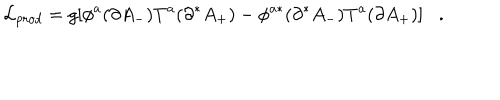
LaTeX: { \cal L } _ { p r o d } = g [ \phi ^ { a } ( \partial A _ { - } ) T ^ { a } ( \partial ^ { * } A _ { + } ) - \phi ^ { a * } ( \partial ^ { * } A _ { - } ) T ^ { a } ( \partial A _ { + } ) ] .